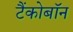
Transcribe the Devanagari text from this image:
टैंकोबाॅन